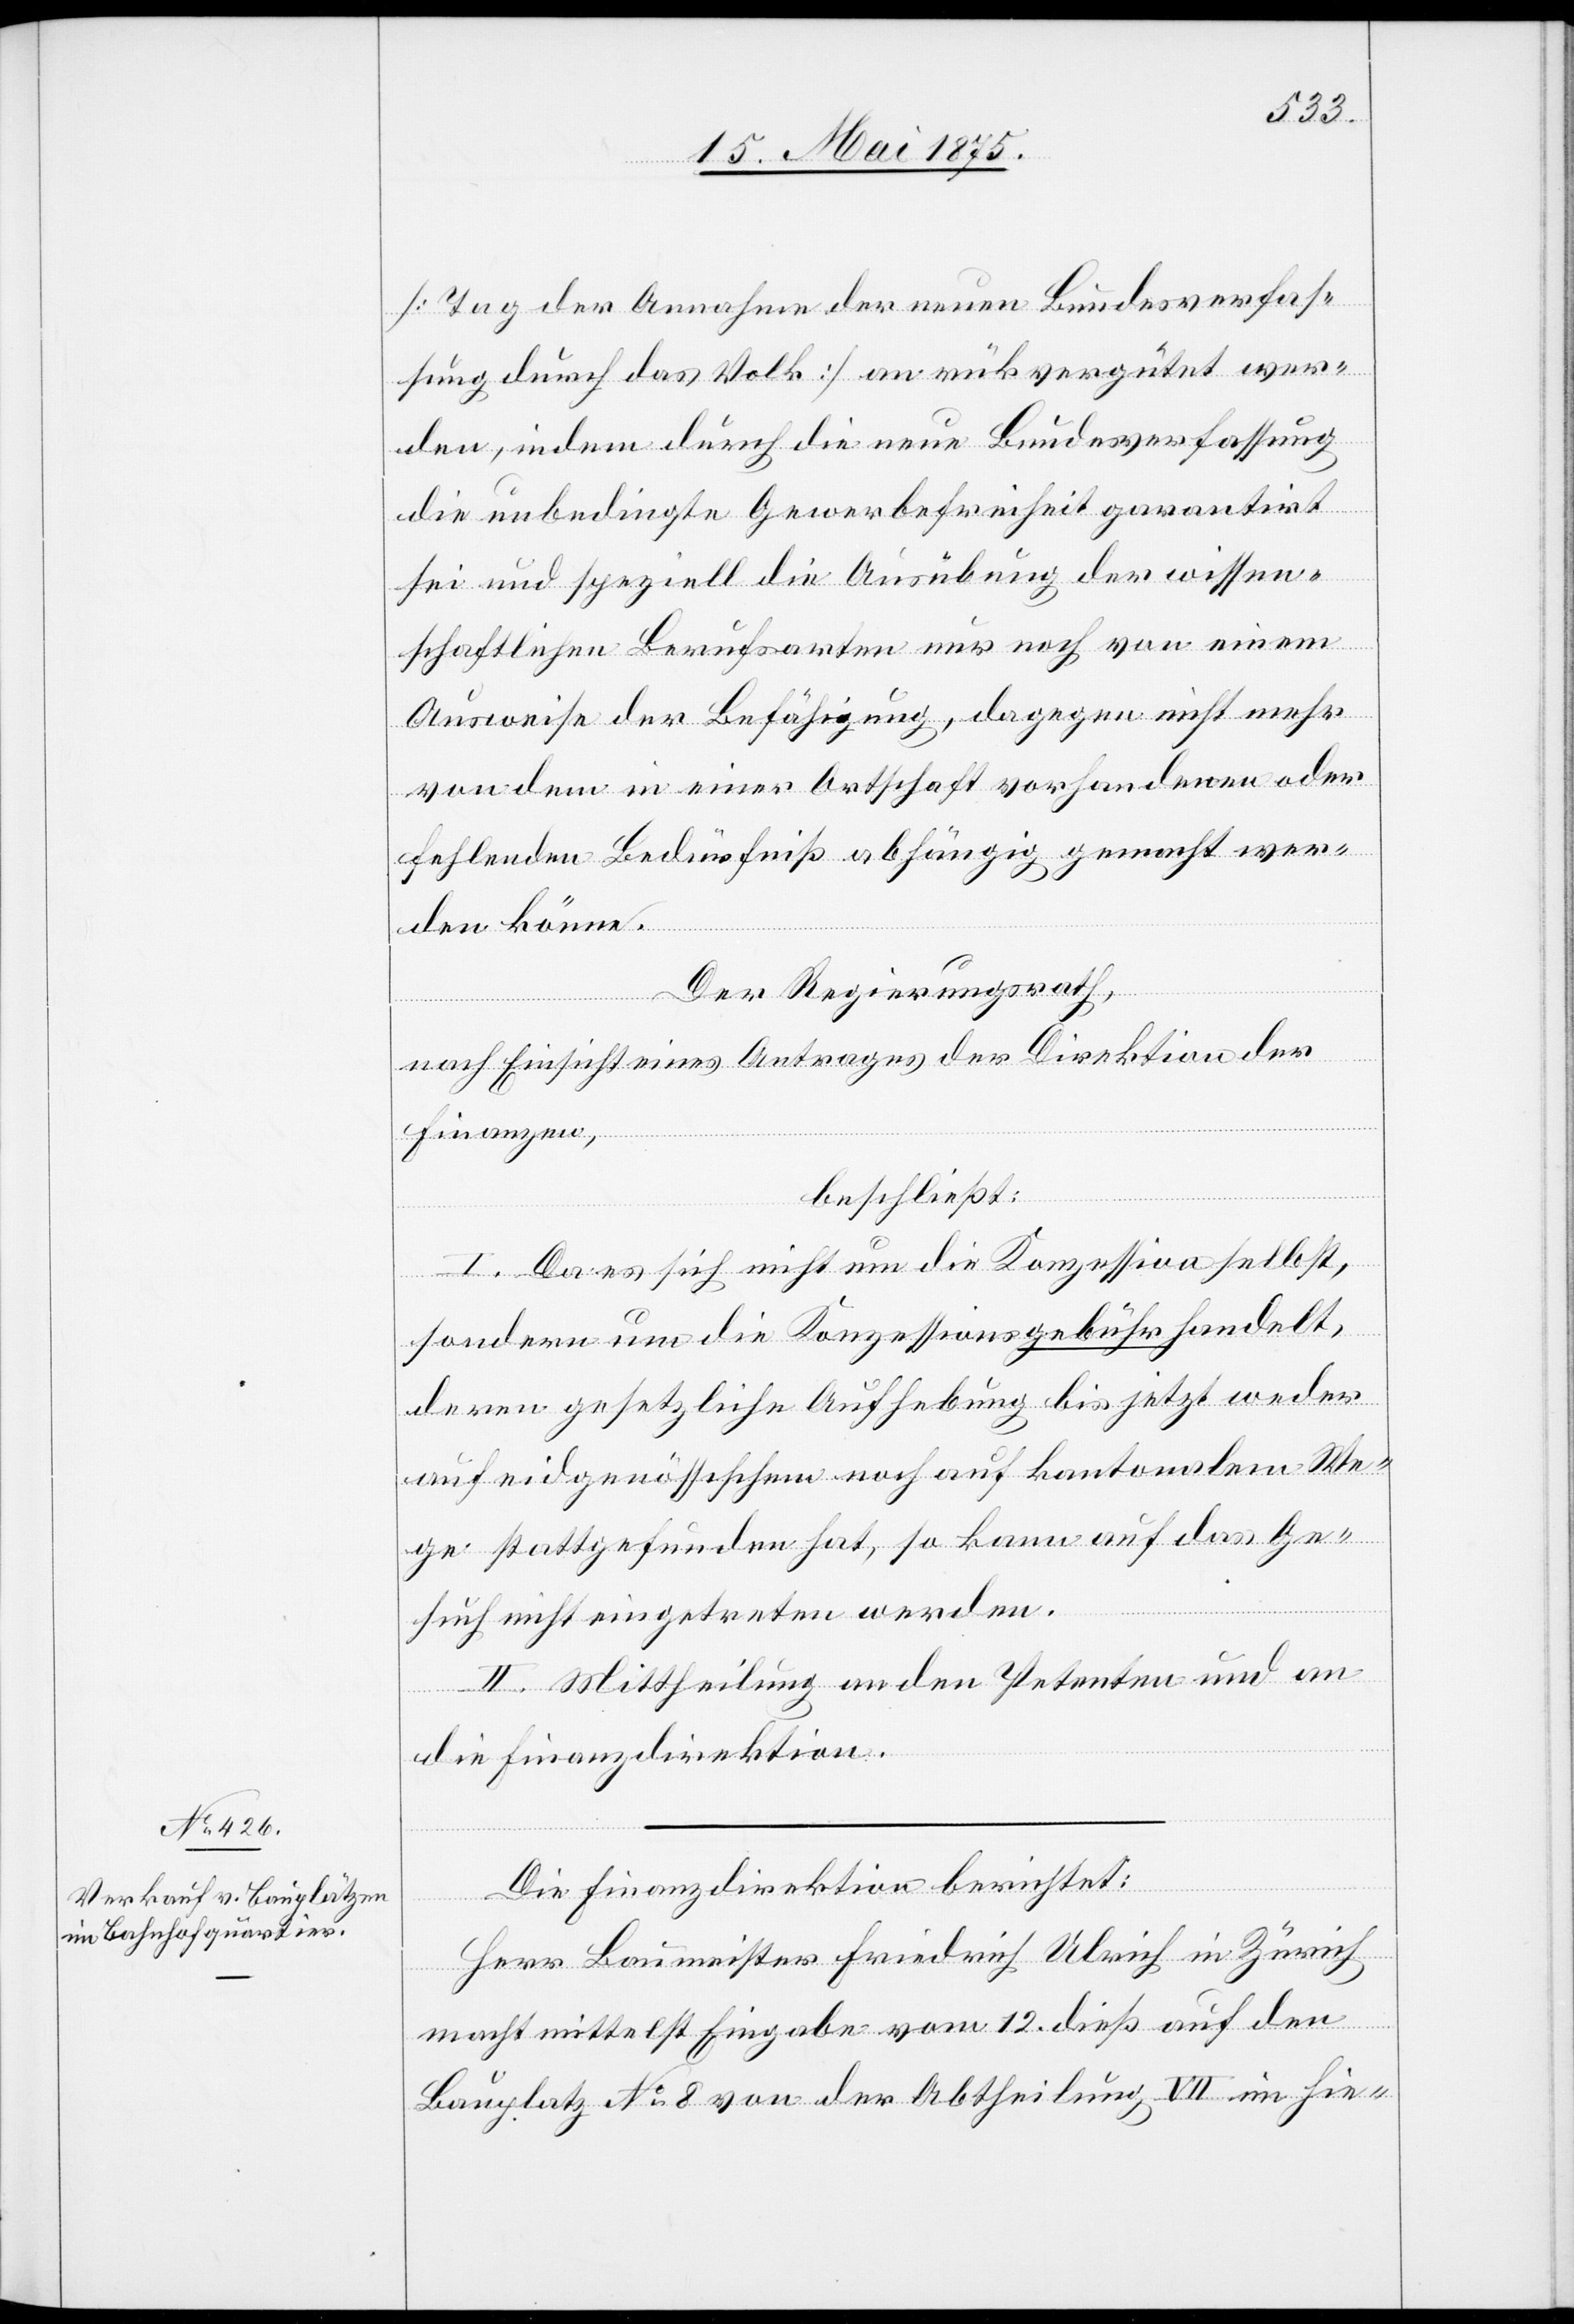
[Tag der Annahme der neuen Bundesverfas¬
sung durch das Volk] an rü[c]kvergütet wer¬
den, indem durch die neue Bundesverfassung
die unbedingte Gewerbefreiheit garantirt
sei und speziell die Ausübung der wissen¬
schaftlichen Berufsarten nur noch von einem
Ausweise der Befähigung, dagegen nicht mehr
von dem in einer Ortschaft vorhandenen oder
fehlenden Bedürfniß abhängig gemacht wer¬
den könne.
Der Regierungsrath,
nach Einsicht eines Antrages der Direktion der
Finanzen,
beschließt:
I. Da es sich nicht um die Konzession selbst,
sondern um die Konzessionsgebühr handelt,
deren gesetzliche Aufhebung bis jetzt weder
auf eidgenössischen noch auf kantonalem We¬
ge stattgefunden hat, so kann auf das Ge¬
such nicht eingetreten werden.
II. Mittheilung an den Petenten und an
die Finanzdirektion.
Die Finanzdirektion berichtet:
Herr Baumeister Friedrich Ulrich in Zürich
macht mittelst Eingabe vom 12. dieß auf den
Bauplatz No 8 von der Abtheilung VII im hie-